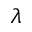
\lambda